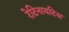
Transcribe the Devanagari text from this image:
रेटिनायटिस